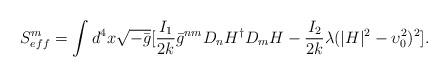
LaTeX: \begin{align*}S^m_{eff}=\int d^4x\sqrt{-\bar g}[\frac{I_1}{2k}{\bar g}^{nm}D_n H^\dagger D_m H-\frac{I_2}{2k}\lambda(|H|^2-\upsilon_0^2)^2].\end{align*}